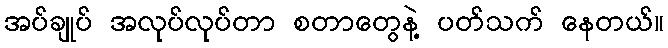
အပ်ချုပ် အလုပ်လုပ်တာ စတာတွေနဲ့ ပတ်သက် နေတယ်။